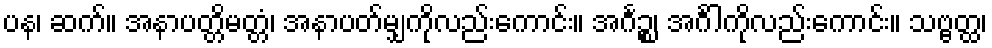
ပန၊ ဆက်။ အနာပတ္တိမတ္တံ၊ အနာပတ်မျှကိုလည်းကောင်း။ အင်္ဂဉ္စ၊ အင်္ဂါကိုလည်းကောင်း။ သဗ္ဗတ္ထ၊